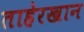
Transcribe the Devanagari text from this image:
ताहेरखान